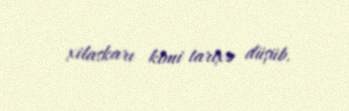
xilaskarı kimi tarixə düşüb.